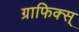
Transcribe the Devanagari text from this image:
ग्राफिक्स्